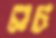
মচ